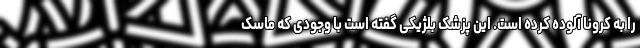
را به کرونا آلوده کرده است. این پزشک بلژیکی گفته است با وجودی که ماسک